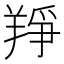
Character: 䍵